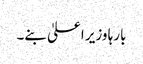
بارہا وزیر اعلیٰ بنے۔